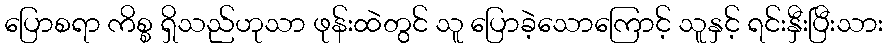
ပြောစရာ ကိစ္စ ရှိသည်ဟုသာ ဖုန်းထဲတွင် သူ ပြောခဲ့သောကြောင့် သူနှင့် ရင်းနှီးပြီးသား